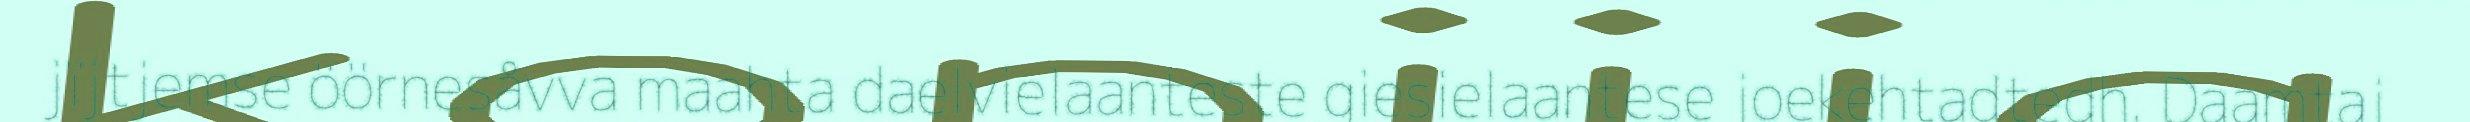
jïjtjemse öörnesåvva maahta daelvielaanteste giesielaantese joekehtadtedh. Daamtaj